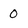
Character: 0